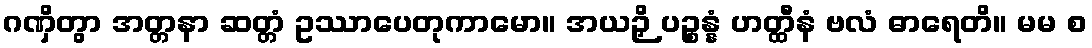
ဂဏှိတွာ အတ္တနာ ဆတ္တံ ဥဿာပေတုကာမော။ အယဉှိ ပဉ္စန္နံ ဟတ္ထီနံ ဗလံ ဓာရေတိ။ မမ စ